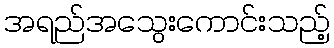
အရည်အသွေးကောင်းသည့်